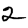
Digit: 2